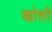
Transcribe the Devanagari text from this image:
ब्ढ़ोत्तरी